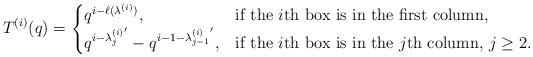
LaTeX: \begin{align*}T^{(i)}(q) =\begin{cases}q^{i-\ell(\lambda^{(i)})}, & \hbox{if the $i$th box is in the first column,}\\q^{i-{\lambda_{j}^{(i)}}'} - q^{i-1-{\lambda_{j-1}^{(i)}}'}, & \hbox{if the $i$th box is in the $j$th column, $j\geq2$.}\end{cases}\end{align*}